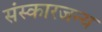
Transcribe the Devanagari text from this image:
संस्कारजन्य